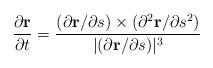
LaTeX: \begin{align*}\frac{\partial\mathbf{r}}{\partial t} = \frac{(\partial\mathbf{r}/\partial s)\times(\partial^{2}\mathbf{r}/\partial s^{2})}{|(\partial\mathbf{r}/\partial s)|^{3}}\end{align*}